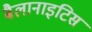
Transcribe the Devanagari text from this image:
बैलानाइटिस